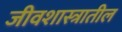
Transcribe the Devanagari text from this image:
जीवशास्त्रातील